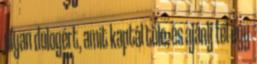
olyan dologért, amit kaptál tőle, és ajánlj fel egy